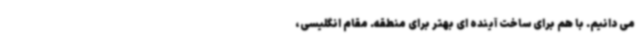
می دانیم. با هم برای ساخت آینده ای بهتر برای منطقه. مقام انگلیسی،